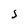
Character: S